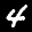
Label: 4